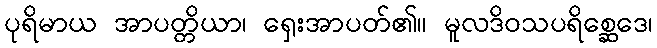
ပုရိမာယ အာပတ္တိယာ၊ ရှေးအာပတ်၏။ မူလဒိဝသပရိစ္ဆေဒေ၊